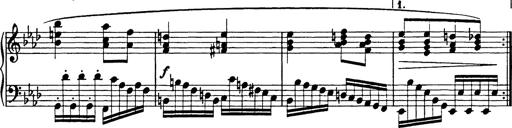
Title: 8 Variations
Composer: Franz Liszt
Key: A-flat major